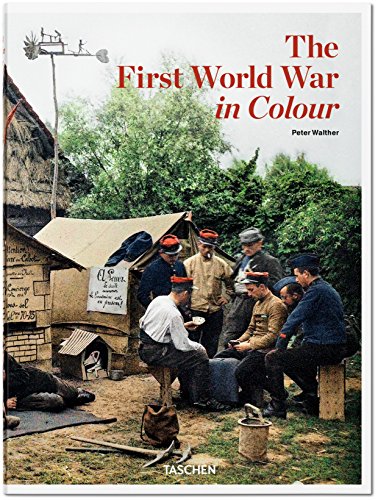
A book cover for The First World War in Colour; Peter Walther; Arts & Photography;